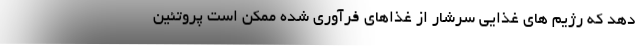
دهد که رژیم های غذایی سرشار از غذاهای فرآوری شده ممکن است پروتئین